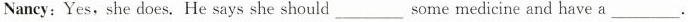
Nancy:Yes, she does. He says she should___ some medicine and have a___ .